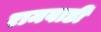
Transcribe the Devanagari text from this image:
रामवाडी